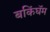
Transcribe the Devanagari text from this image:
बकिंघॅम